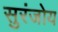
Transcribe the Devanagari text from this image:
सुरंजोय